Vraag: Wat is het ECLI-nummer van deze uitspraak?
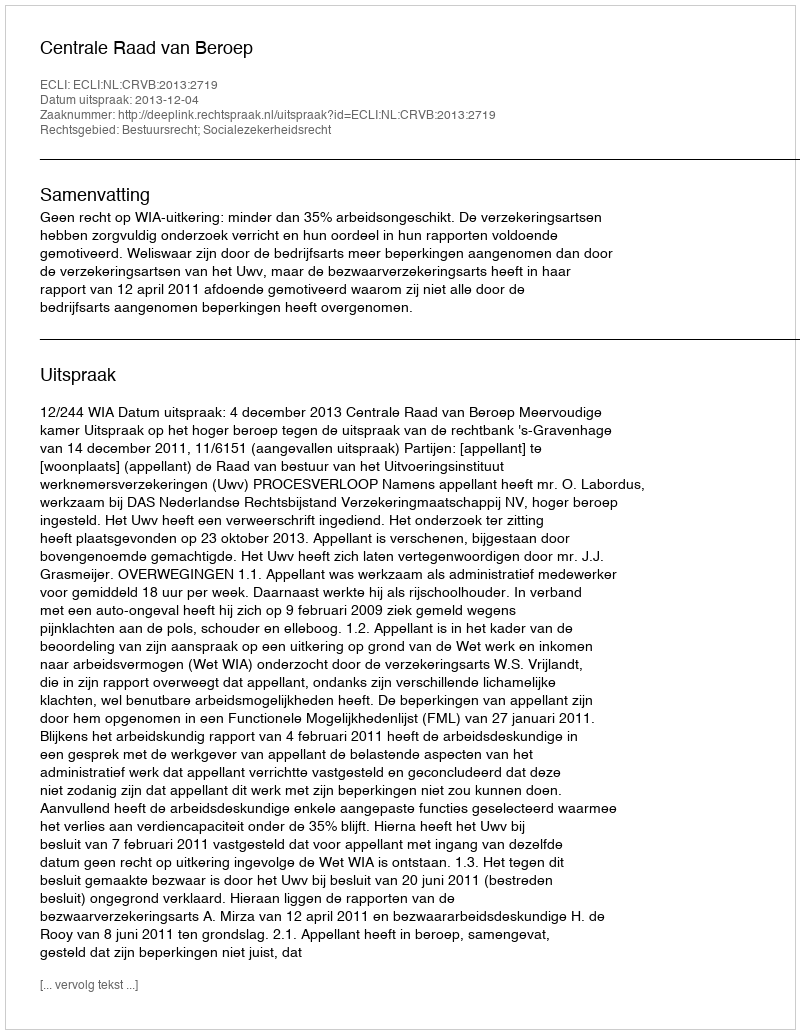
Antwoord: ECLI:NL:CRVB:2013:2719